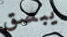
يبصق